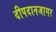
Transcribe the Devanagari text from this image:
दीपदानजागर